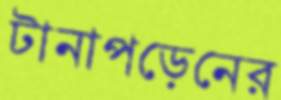
টানাপড়েনের